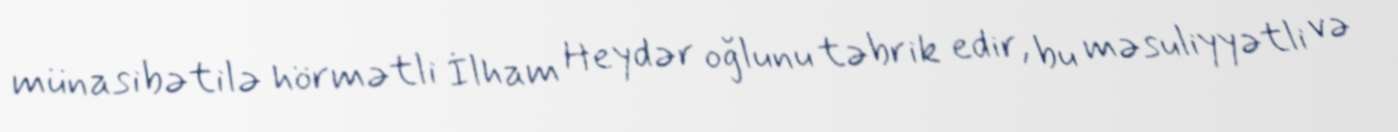
münasibətilə hörmətli İlham Heydər oğlunu təbrik edir, bu məsuliyyətli və